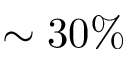
\sim 3 0 \%